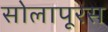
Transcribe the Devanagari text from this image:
सोलापूरस